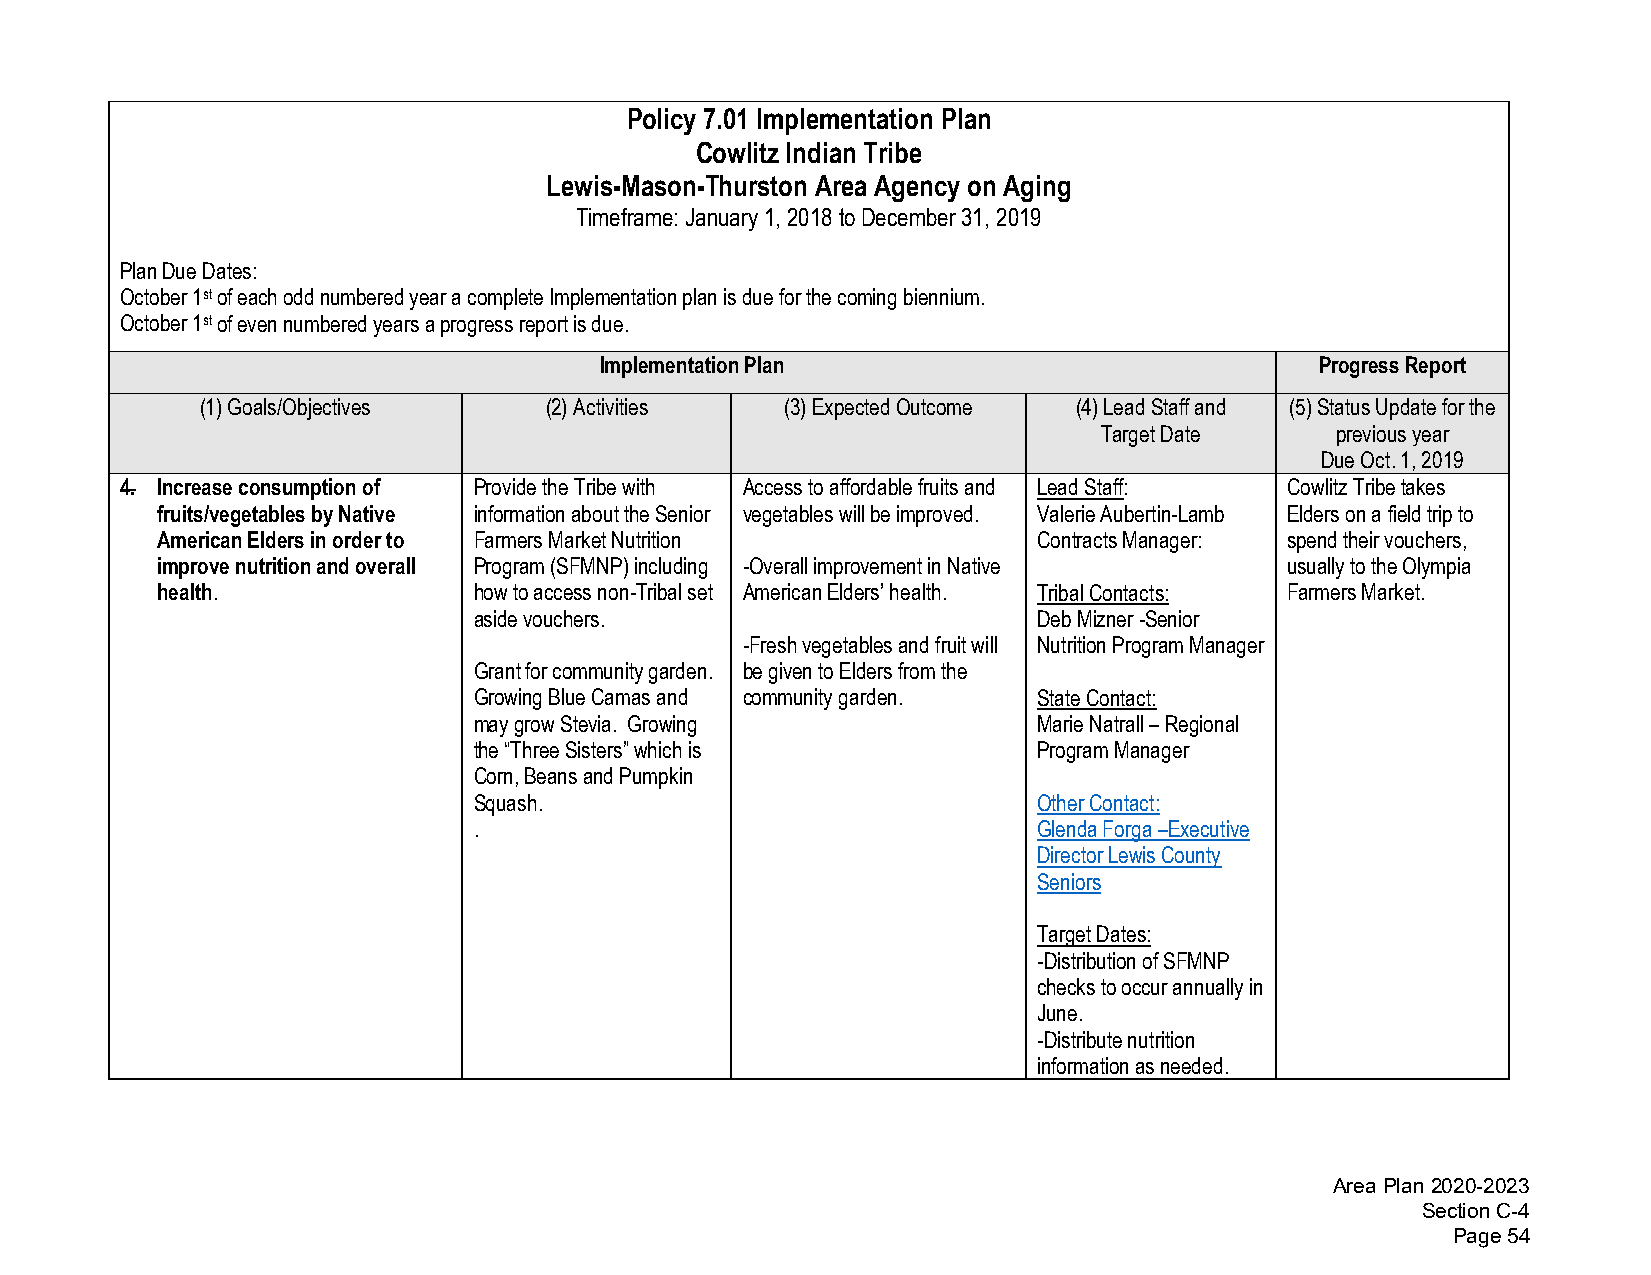
Policy 7.01 Implementation Plan
 Cowlitz Indian Tribe
 Lewis-Mason-Thurston Area Agency on Aging
 Timeframe: January 1, 2018 to December 31, 2019
 Plan Due Dates:
 October 1st of each odd numbered year a complete Implementation plan is due for the coming biennium.
 October 1st of even numbered years a progress report is due.
 Implementation Plan                            Progress Report
 (1)Goals/Objectives    (2)Activities   (3)Expected Outcome (4)Lead Staff and (5)Status Update for the
 Target Date    previous year
 Due Oct. 1, 2019
 4. Increase consumption of Provide the Tribe with Access to affordable fruits and Lead Staff: Cowlitz Tribe takes
 fruits/vegetables by Native information about the Senior vegetables will be improved. Valerie Aubertin-Lamb Elders on a field trip to
 American Elders in order to Farmers Market Nutrition       Contracts Manager: spend their vouchers,
 improve nutrition and overall Program (SFMNP) including -Overall improvement in Native usually to the Olympia
 health.              how to access non-Tribal set American Elders’ health. Tribal Contacts: Farmers Market.
 aside vouchers.                       Deb Mizner -Senior
 -Fresh vegetables and fruit will Nutrition Program Manager
 Grant for community garden. be given to Elders from the
 Growing Blue Camas and community garden. State Contact:
 may grow Stevia. Growing              Marie Natrall – Regional
 the “Three Sisters” which is          Program Manager
 Corn, Beans and Pumpkin
 Squash.                               Other Contact:
 .                                     Glenda Forga –Executive
 Director Lewis County
 Seniors
 Target Dates:
 -Distribution of SFMNP
 checks to occur annually in
 June.
 -Distribute nutrition
 information as needed.
 Area Plan 2020-2023
 Section C-4
 Page 54